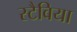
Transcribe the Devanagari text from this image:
स्टैविया